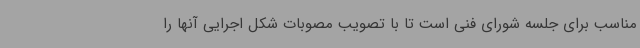
مناسب برای جلسه شورای فنی است تا با تصویب مصوبات شکل اجرایی آنها را